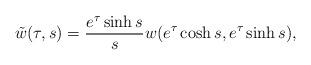
LaTeX: \begin{align*}\tilde{w}(\tau, s) = \frac{e^{\tau} \sinh s}{s} w(e^{\tau} \cosh s, e^{\tau} \sinh s),\end{align*}